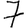
Digit: 7